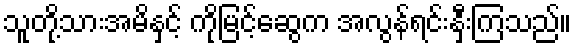
သူတို့သားအမိနှင့် ကိုမြင့်ဆွေက အလွန်ရင်းနှီးကြသည်။